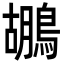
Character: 鶘